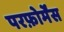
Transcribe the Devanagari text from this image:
परफ़ोर्मेंस